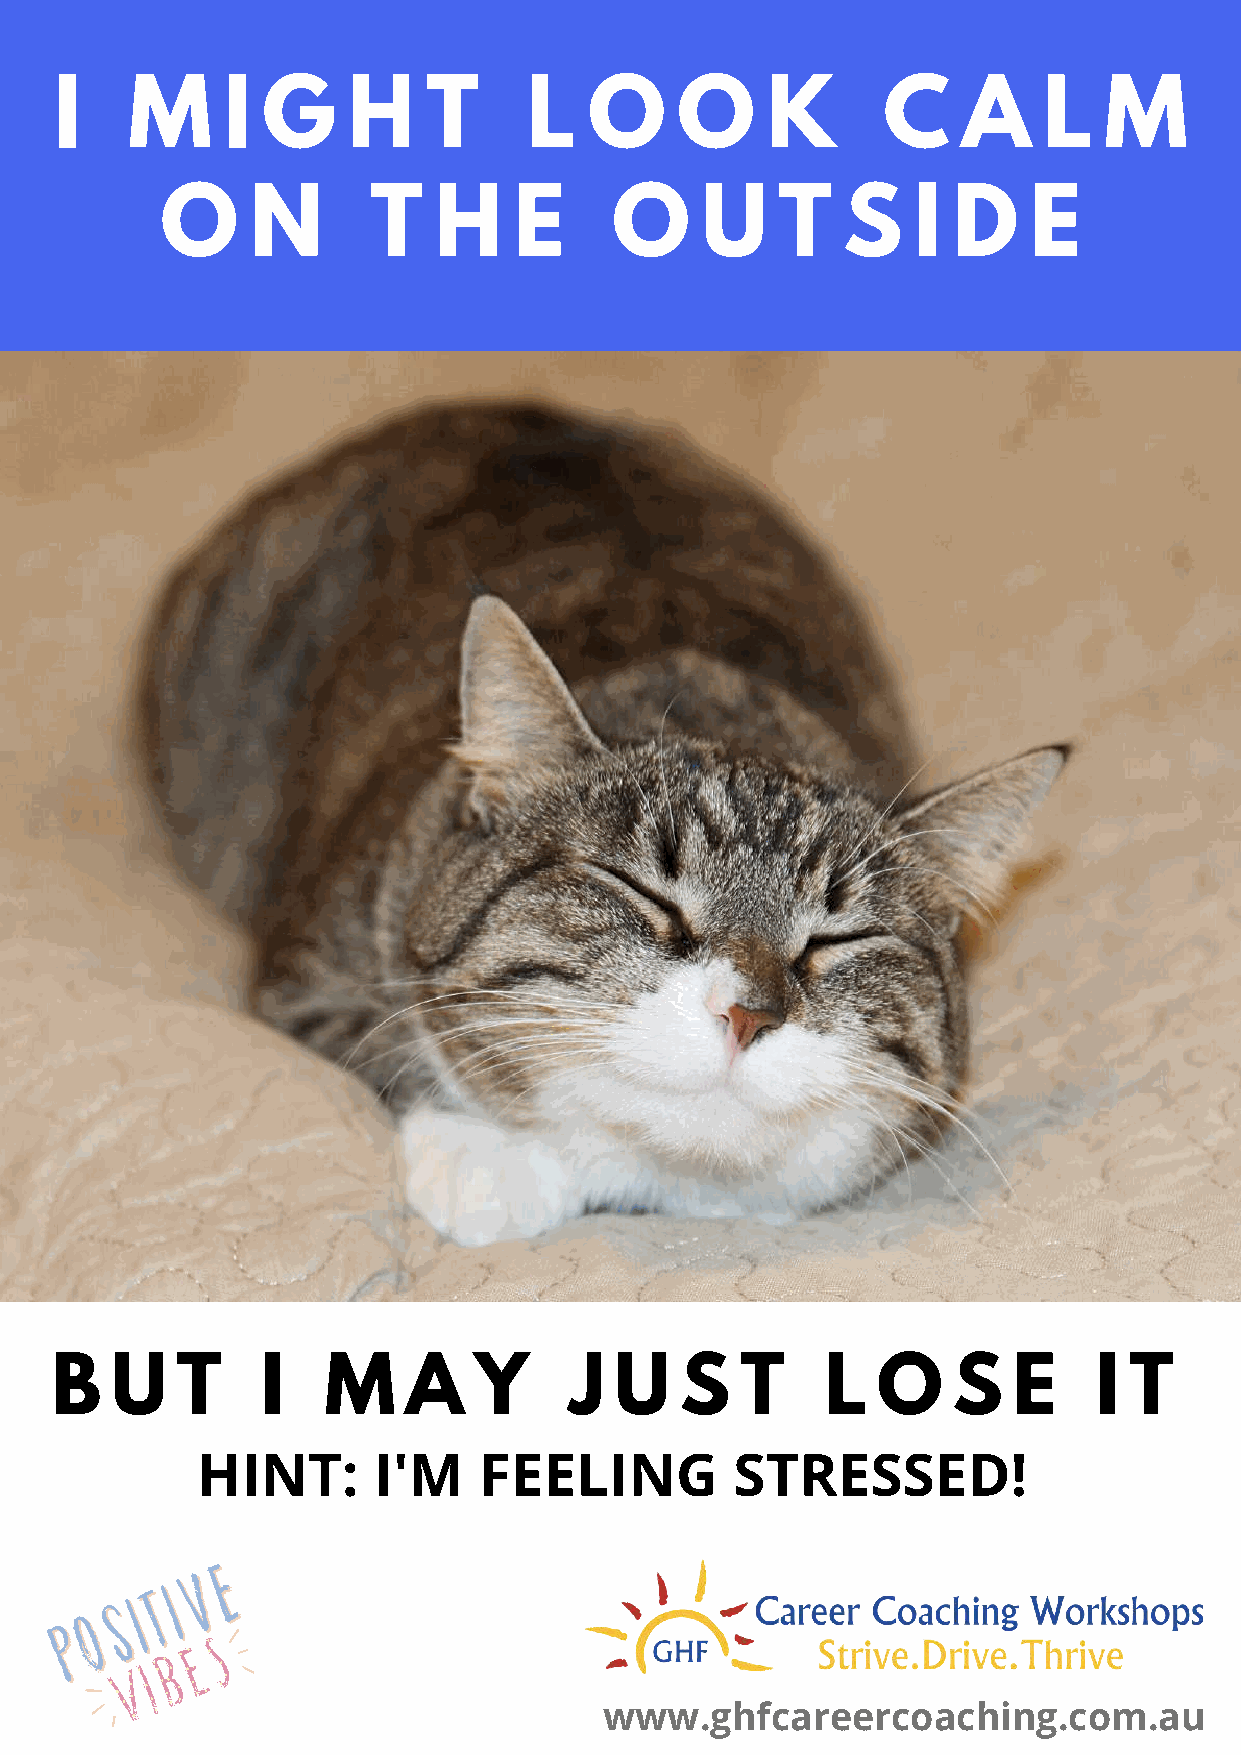
I   M      I G     H    T      L   O     O     K      C     A    L   M
 O     N      T    H    E      O    U     T   S   I  D    E
 B   U    T    I   M     A   Y      J  U   S   T     L  O    S   E     I T
 HINT:       I'M    FEELING          STRESSED!
 www.ghfcareercoaching.com.au